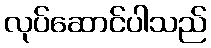
လုပ်ဆောင်ပါသည်